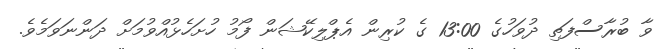
ވާ ބުރާސްފަތި ދުވަހުގެ 13:00 ގެ ކުރިން އެޕްލިކޭޝަން ފޯމު ހުށަހެޅުއްވުމަށް ދަންނަވަމެވެ.